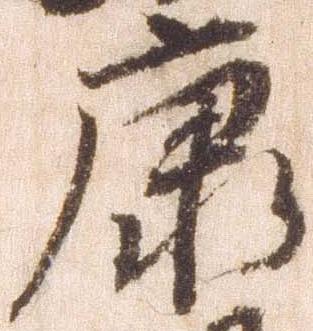
康